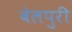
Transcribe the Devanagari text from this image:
बेलपुरी